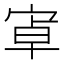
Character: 𭓶